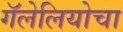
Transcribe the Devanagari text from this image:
गॅलेलियोचा